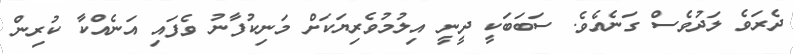
ދެރަވެ ލަދުވެސް ގަނެއެވެ. ސަބަބަކީ ދީނީ އިލުމުވެރިޔަކަށް މަނިކުފާނު ވެފައި އަނެއްކާ ކުރިން